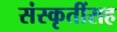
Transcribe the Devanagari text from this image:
संस्कृतींसह